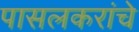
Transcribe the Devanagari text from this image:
पासलकरांचे